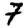
Digit: 7